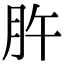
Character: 㬳